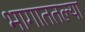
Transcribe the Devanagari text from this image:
भागाततल्या